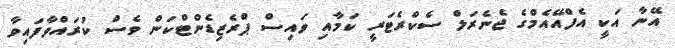
އޭނާ އަކީ އެފްއޭއެމްގެ ޖެނެރަލް ސެކްރެޓަރީ ކަމާއި ވައިސް ޕްރެޒިޑެންޓްކަން ވެސް ކުރައްވާފައިވާ